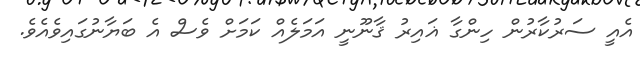
އެއީ ސަރުކާރުން ހިންގާ ޣައިރު ޤާނޫނީ އަމަލެއް ކަމަށް ވެސް އެ ބަޔާނުގައިވެއެވެ.